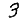
Digit: 3